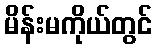
မိန်းမကိုယ်တွင်